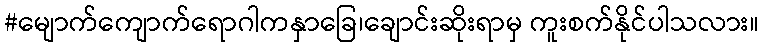
#မျောက်ကျောက်ရောဂါကနှာခြေ၊ချောင်းဆိုးရာမှ ကူးစက်နိုင်ပါသလား။